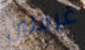
غرفتين